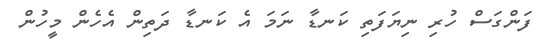
ފަންގަސް ހުރި ނިޔަފަތި ކަނޑާ ނަމަ އެ ކަނޑާ ދަތިން އެހެން މީހުން